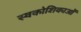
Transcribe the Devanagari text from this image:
स्वकोशिकाओं